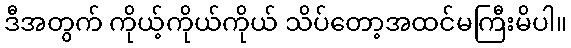
ဒီအတွက် ကိုယ့်ကိုယ်ကိုယ် သိပ်တော့အထင်မကြီးမိပါ။